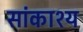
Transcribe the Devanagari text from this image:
सांकाश्य